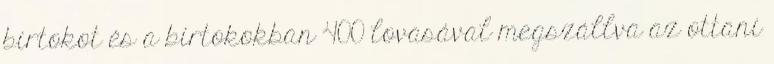
birtokot és a birtokokban 400 lovasával megszállva az ottani